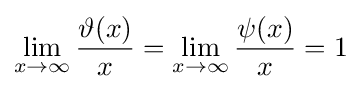
\lim _{x\to \infty }{\frac {\vartheta (x)}{x}}=\lim _{x\to \infty }{\frac {\psi (x)}{x}}=1